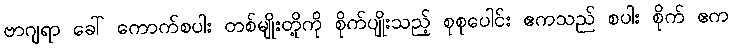
ဗာဂျရာ ခေါ် ကောက်စပါး တစ်မျိုးတို့ကို စိုက်ပျိုးသည့် စုစုပေါင်း ဧကသည် စပါး စိုက် ဧက